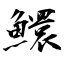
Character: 鱞